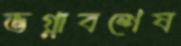
ভগ্নাবশেষ